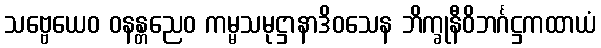
သဗ္ဗေယေဝ ဝနန္တညေဝ ကမ္မသမုဋ္ဌာနာဒိဝသေန ဘိက္ခုနီဝိဘင်္ဂဋ္ဌကထာယံ